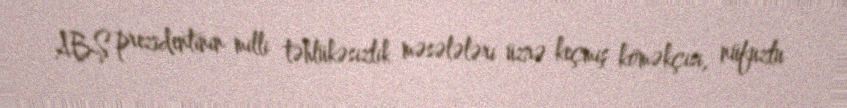
ABŞ prezidentinin milli təhlükəsizlik məsələləri üzrə keçmiş köməkçisi, nüfuzlu